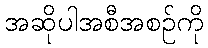
အဆိုပါအစီအစဉ်ကို